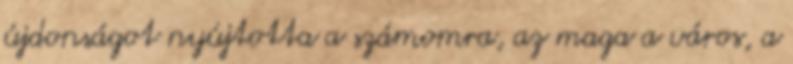
újdonságot nyújtotta a számomra, az maga a város, a